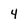
Character: 4